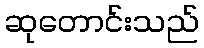
ဆုတောင်းသည်